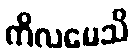
ကိလမေသိ